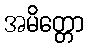
အမိတ္တော